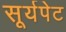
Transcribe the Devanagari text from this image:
सूर्यपेट